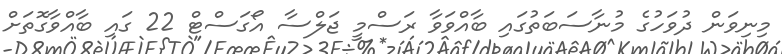
މިނިވަން ދުވަހުގެ މުނާސަބަތުގައި ބާއްވަވާ ރަސްމީ ޖަލްސާ އޯގަސްޓް 22 ގައި ބާއްވާގޮތަށް